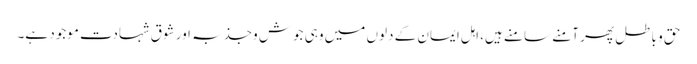
حق و باطل پھر آمنے سامنے ہیں، اہل ایمان کے دلوں میں وہی جوش وجذبہ اور شوقِ شہادت موجود ہے۔